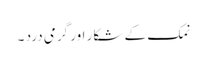
نمک کے شکار اور گرمی درد ۔